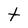
Character: t